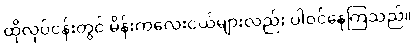
ထိုလုပ်ငန်းတွင် မိန်းကလေးငယ်များလည်း ပါဝင်နေကြသည်။